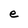
Character: e